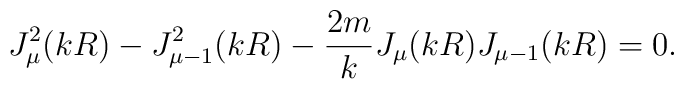
J^2_{\mu}(k R) - J^2_{\mu-1}(k R) - \frac{2m}{k}  J_{\mu}(k R)J_{\mu-1}(k R)=0.